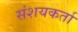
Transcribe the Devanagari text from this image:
संशयकर्ता